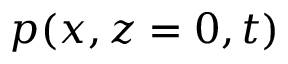
p ( x , z = 0 , t )